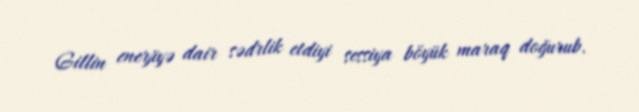
Gillin enerjiyə dair sədrlik etdiyi sessiya böyük maraq doğurub.